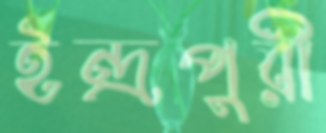
ইন্দ্রপুরী